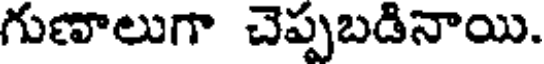
గుణాలుగా చెప్పబడినాయి.